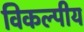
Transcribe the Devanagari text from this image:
विकल्पीय